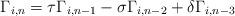
LaTeX: \begin{align*}\Gamma_{i,n} = \tau \Gamma_{i,n-1} - \sigma \Gamma_{i,n-2} + \delta \Gamma_{i,n-3}\end{align*}